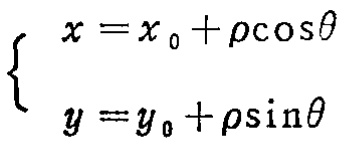
\[\left\{
\begin{array}{l}
x = x_0+\rho\cos\theta\\
y = y_0+\rho\sin\theta
\end{array}
\right.\]